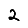
Digit: 2